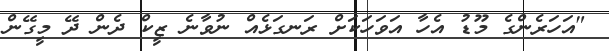
"އަހަރެންގެ މޫޑު އެހާ އަވަހަކަށް ރަނގަޅެއް ނުވާނެ ޒީކް ދެން ދޭ މީގޭން